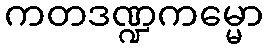
ကတဒဏ္ဍကမ္မော